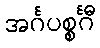
အင်္ဂပစ္စင်္ဂီ